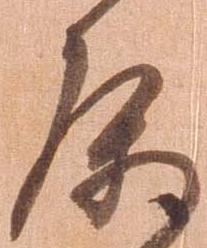
属